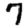
Digit: 7